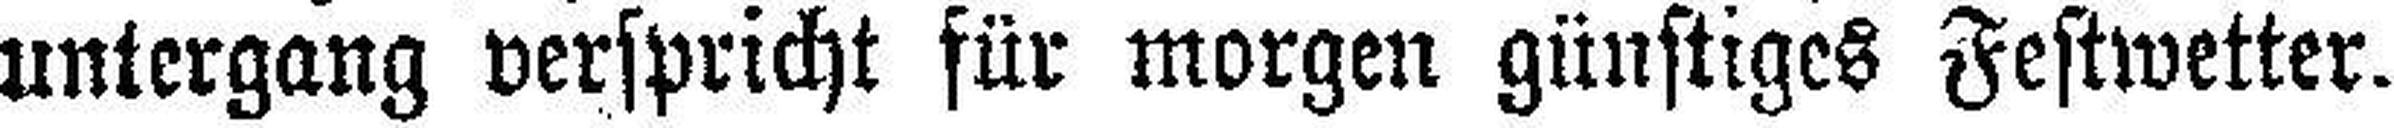
untergang verspricht für morgen günstiges Festwetter.